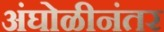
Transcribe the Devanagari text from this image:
अंघोळीनंतर